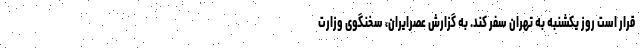
قرار است روز یکشنبه به تهران سفر کند. به گزارش عصرایران، سخنگوی وزارت